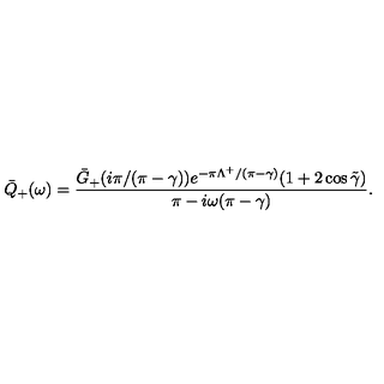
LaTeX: \bar { Q } _ { + } ( \omega ) = \frac { \bar { G } _ { + } ( i \pi / ( \pi - \gamma ) ) e ^ { - \pi \Lambda ^ { + } / ( \pi - \gamma ) } ( 1 + 2 \cos \tilde { \gamma } ) } { \pi - i \omega ( \pi - \gamma ) } .